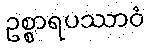
ဥစ္စာရပဿာဝံ